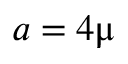
a = 4 \upmu